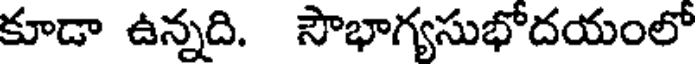
కూడా ఉన్నది. సౌభాగ్యసుభోదయంలో